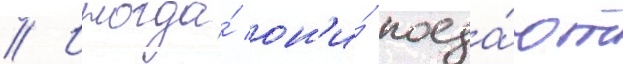
// Иногда́ он'и́ поеда́ют